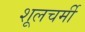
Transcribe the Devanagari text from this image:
शूलचर्मी